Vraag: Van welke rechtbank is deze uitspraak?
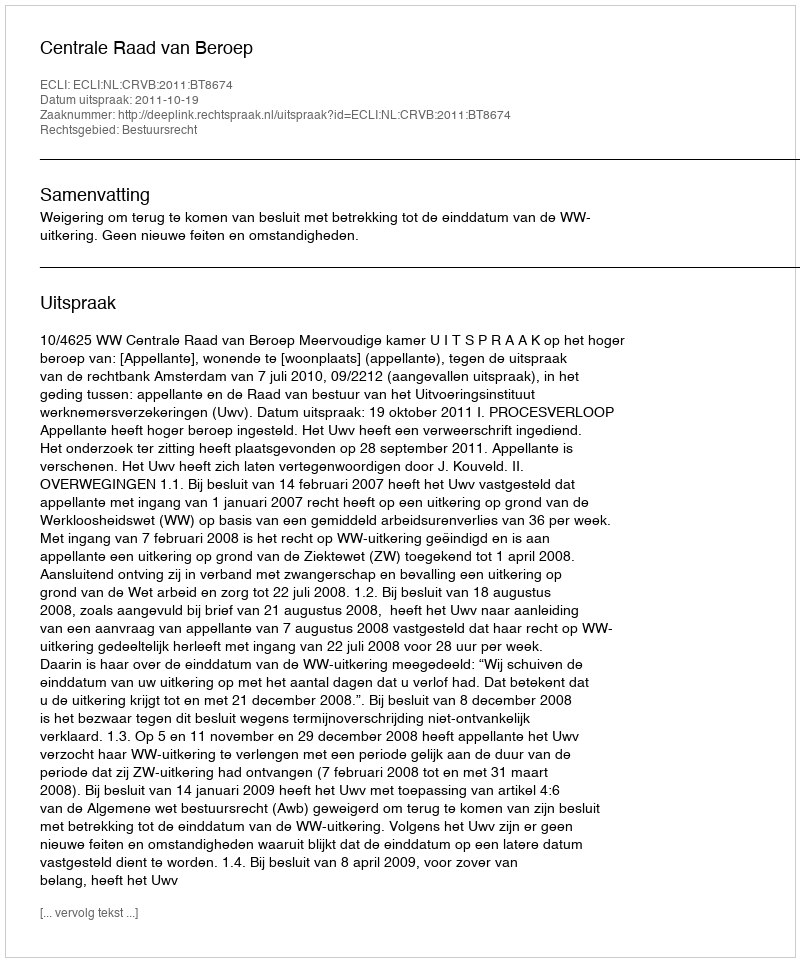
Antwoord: Centrale Raad van Beroep